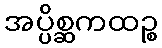
အပ္ပိစ္ဆကထဉ္စ